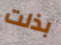
بذلت